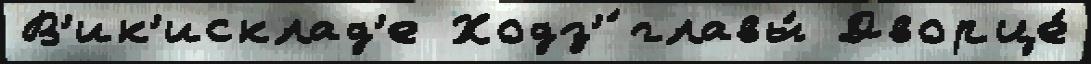
В'ик'исклад'е Ходз'́ главы́ Дворце́